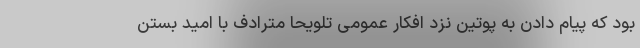
بود که پیام دادن به پوتین نزد افکار عمومی تلویحا مترادف با امید بستن